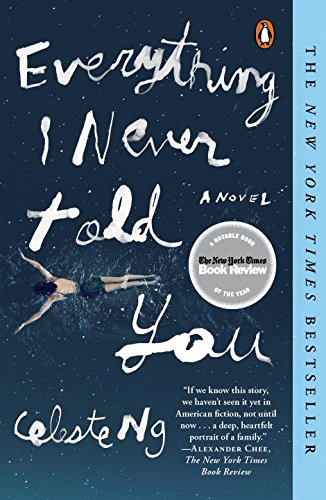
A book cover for Everything I Never Told You; Celeste Ng; Literature & Fiction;